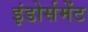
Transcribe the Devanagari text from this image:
इंडोर्समेंट